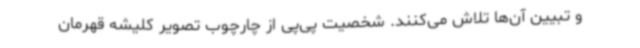
و تبیین آن‌ها تلاش می‌کنند. شخصیت پی‌پی از چارچوب تصویر کلیشه قهرمان